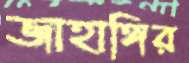
জাহাঙ্গির